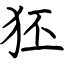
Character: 狉